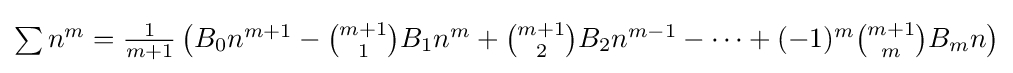
{\textstyle \sum n^{m}={\frac {1}{m+1}}\left(B_{0}n^{m+1}-{\binom {m+1}{1}}B_{1}n^{m}+{\binom {m+1}{2}}B_{2}n^{m-1}-\cdots +(-1)^{m}{\binom {m+1}{m}}B_{m}n\right)}